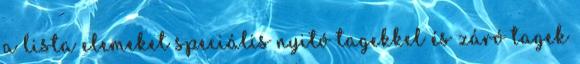
a lista elemeket speciális nyitó tagekkel és záró tagek